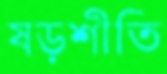
ষড়শীতি